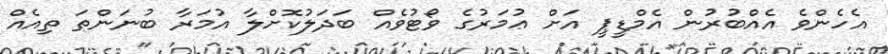
އެހެންވެ އެއްބުރުން އެމްޑީޕީ އަށް ޢުމަރުގެ ވޯޓުވެއް ބަދަލުކޮށްލާ އުމަރާ ބުނަންތަ ތިއެއް